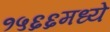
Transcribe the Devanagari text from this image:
१५६६मध्ये